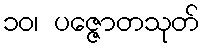
၁၀၊ ပဇ္ဇောတသုတ်